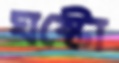
ঘষ্‌টো